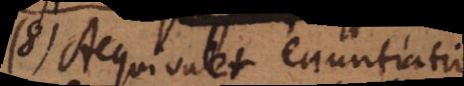
6) Aequivalet enuntiatio